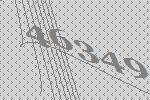
46349